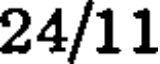
24/11